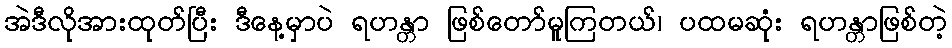
အဲဒီလိုအားထုတ်ပြီး ဒီနေ့မှာပဲ ရဟန္တာ ဖြစ်တော်မူကြတယ်၊ ပထမဆုံး ရဟန္တာဖြစ်တဲ့